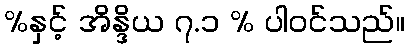
%နှင့် အိန္ဒိယ ၇.၁ % ပါဝင်သည်။